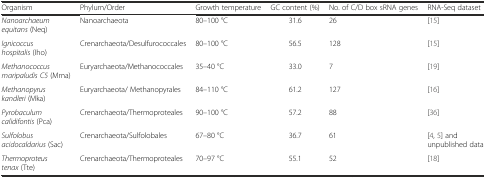
<table><thead><tr><td><b>Organism</b></td><td><b>Phylum/Order</b></td><td><b>Growth temperature</b></td><td><b>GC content (%)</b></td><td><b>No. of C/D box sRNA genes</b></td><td><b>RNA-Seq dataset</b></td></tr></thead><tbody><tr><td><i>Nanoarchaeum equitans</i> (Neq)</td><td>Nanoarchaeota</td><td>80–100 °C</td><td>31.6</td><td>26</td><td>[15]</td></tr><tr><td><i>Ignicoccus hospitalis</i> (Iho)</td><td>Crenarchaeota/Desulfurococcales</td><td>80–100 °C</td><td>56.5</td><td>128</td><td>[15]</td></tr><tr><td><i>Methanococcus maripaludis C5</i> (Mma)</td><td>Euryarchaeota/Methanococcales</td><td>35–40 °C</td><td>33.0</td><td>7</td><td>[19]</td></tr><tr><td><i>Methanopyrus kandleri</i> (Mka)</td><td>Euryarchaeota/ Methanopyrales</td><td>84–110 °C</td><td>61.2</td><td>127</td><td>[16]</td></tr><tr><td><i>Pyrobaculum calidifontis</i> (Pca)</td><td>Crenarchaeota/Thermoproteales</td><td>90–100 °C</td><td>57.2</td><td>88</td><td>[36]</td></tr><tr><td><i>Sulfolobus acidocaldarius</i> (Sac)</td><td>Crenarchaeota/Sulfolobales</td><td>67–80 °C</td><td>36.7</td><td>61</td><td>[4, 5] and unpublished data</td></tr><tr><td><i>Thermoproteus tenax</i> (Tte)</td><td>Crenarchaeota/Thermoproteales</td><td>70–97 °C</td><td>55.1</td><td>52</td><td>[18]</td></tr></tbody></table>